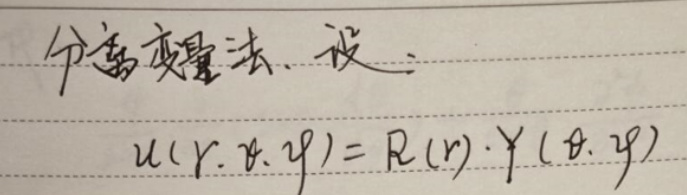
分离变量法. 设:
\[
u(r,\theta,\varphi)=R(r)\cdot Y(\theta,\varphi)
\]